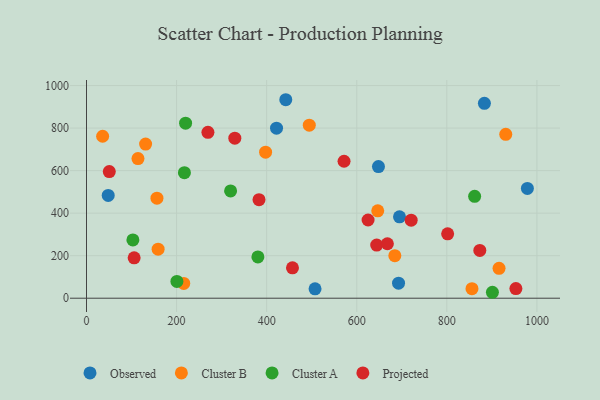
{"axis": {"x": "Speed", "y": "Exam Score"}, "legend": ["Cluster A", "Cluster B", "Observed", "Projected"], "data": [{"x": "48.2", "y": 483.2, "type": "Observed"}, {"x": "692.8", "y": 70.8, "type": "Observed"}, {"x": "442.4", "y": 933.4, "type": "Observed"}, {"x": "694.9", "y": 382.7, "type": "Observed"}, {"x": "507.4", "y": 44.1, "type": "Observed"}, {"x": "978.8", "y": 516.4, "type": "Observed"}, {"x": "421.9", "y": 799.7, "type": "Observed"}, {"x": "883.4", "y": 916.4, "type": "Observed"}, {"x": "648.2", "y": 619.1, "type": "Observed"}, {"x": "397.6", "y": 686.9, "type": "Cluster B"}, {"x": "684.5", "y": 199.8, "type": "Cluster B"}, {"x": "915.9", "y": 140.5, "type": "Cluster B"}, {"x": "855.8", "y": 45.0, "type": "Cluster B"}, {"x": "156.4", "y": 470.5, "type": "Cluster B"}, {"x": "215.9", "y": 69.6, "type": "Cluster B"}, {"x": "930.8", "y": 770.5, "type": "Cluster B"}, {"x": "494.6", "y": 813.7, "type": "Cluster B"}, {"x": "646.6", "y": 410.9, "type": "Cluster B"}, {"x": "35.8", "y": 761.7, "type": "Cluster B"}, {"x": "131.2", "y": 724.7, "type": "Cluster B"}, {"x": "159.0", "y": 230.6, "type": "Cluster B"}, {"x": "114.3", "y": 656.8, "type": "Cluster B"}, {"x": "319.9", "y": 504.4, "type": "Cluster A"}, {"x": "380.5", "y": 194.1, "type": "Cluster A"}, {"x": "220.0", "y": 822.9, "type": "Cluster A"}, {"x": "901.2", "y": 27.9, "type": "Cluster A"}, {"x": "200.7", "y": 78.7, "type": "Cluster A"}, {"x": "861.7", "y": 479.1, "type": "Cluster A"}, {"x": "217.4", "y": 590.3, "type": "Cluster A"}, {"x": "103.0", "y": 273.9, "type": "Cluster A"}, {"x": "644.3", "y": 249.7, "type": "Projected"}, {"x": "720.8", "y": 367.1, "type": "Projected"}, {"x": "571.8", "y": 644.1, "type": "Projected"}, {"x": "668.0", "y": 256.1, "type": "Projected"}, {"x": "457.3", "y": 142.8, "type": "Projected"}, {"x": "801.8", "y": 302.6, "type": "Projected"}, {"x": "953.3", "y": 45.3, "type": "Projected"}, {"x": "873.2", "y": 224.5, "type": "Projected"}, {"x": "625.1", "y": 367.9, "type": "Projected"}, {"x": "269.6", "y": 780.2, "type": "Projected"}, {"x": "105.8", "y": 189.8, "type": "Projected"}, {"x": "50.6", "y": 595.7, "type": "Projected"}, {"x": "329.3", "y": 752.8, "type": "Projected"}, {"x": "383.0", "y": 463.6, "type": "Projected"}]}